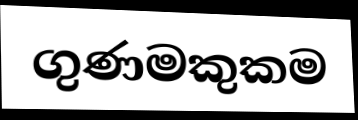
ගුණමකුකම